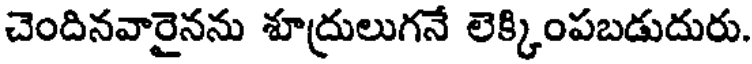
చెందినవారైనను శూద్రులుగనే లెక్కింపబడుదురు.